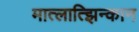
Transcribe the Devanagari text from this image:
मात्लात्झिन्कान